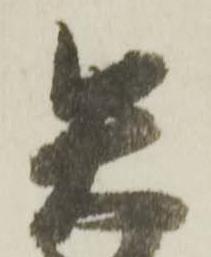
矢